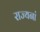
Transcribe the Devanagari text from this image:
राज्यनां